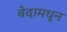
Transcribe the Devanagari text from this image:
वेदामधून